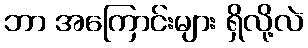
ဘာ အကြောင်းများ ရှိလို့လဲ